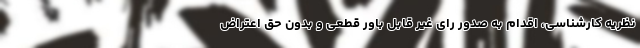
نظریه کارشناسی، اقدام به صدور رای غیر قابل باور قطعی و بدون حق اعتراض